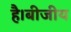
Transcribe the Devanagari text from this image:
है।बीजीय